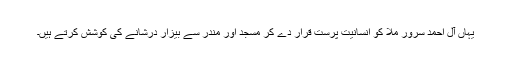
یہاں آلِ احمد سرور ملّاؔ کو انسانیت پرست قرار دے کر مسجد اور مندر سے بیزار درشانے کی کوشش کرتے ہیں۔